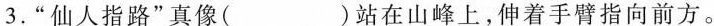
3.”仙人指路”真像( )站在山峰上，伸着手臂指向前方。